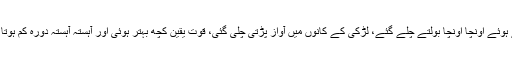
ڈاکٹر صاحب Suggestion سے کام لیتے ہوئے اونچا اونچا بولتے چلے گئے، لڑکی کے کانوں میں آواز پڑتی چلی گئی، قوت یقین کچھ بہتر ہوئی اور آہستہ آہستہ دورہ کم ہوتا چلا گیا اور چند منٹوں میں ہی ٹھیک ہو گئی۔